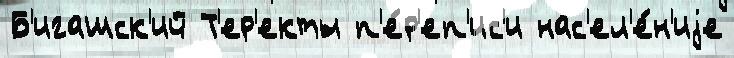
Б'игашск'ий Т'ер'екты п'е́р'еп'ис'и нас'ел'е́н'иjе